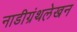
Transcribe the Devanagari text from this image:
नाडीग्रंथलेखन